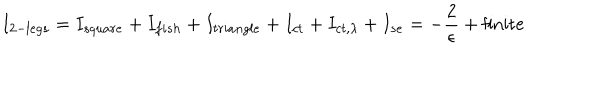
I _ { 2 - l e g s } = I _ { s q u a r e } + I _ { f i s h } + I _ { t r i a n g l e } + I _ { c t } + I _ { c t , \lambda } + I _ { s e } = - { \frac { 2 } { \epsilon } } + \mathrm { f i n i t e }